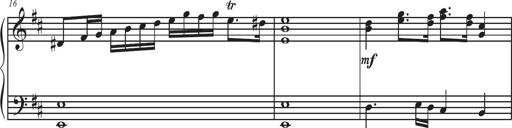
Title: Sonatina Espania
Composer: Jerald Franklin Archer
Key: Various